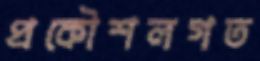
প্রকৌশলগত